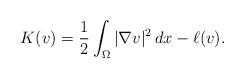
LaTeX: \begin{align*}K(v)=\frac{1}{2} \int_{\Omega}|\nabla v|^2\,dx-\ell(v).\end{align*}